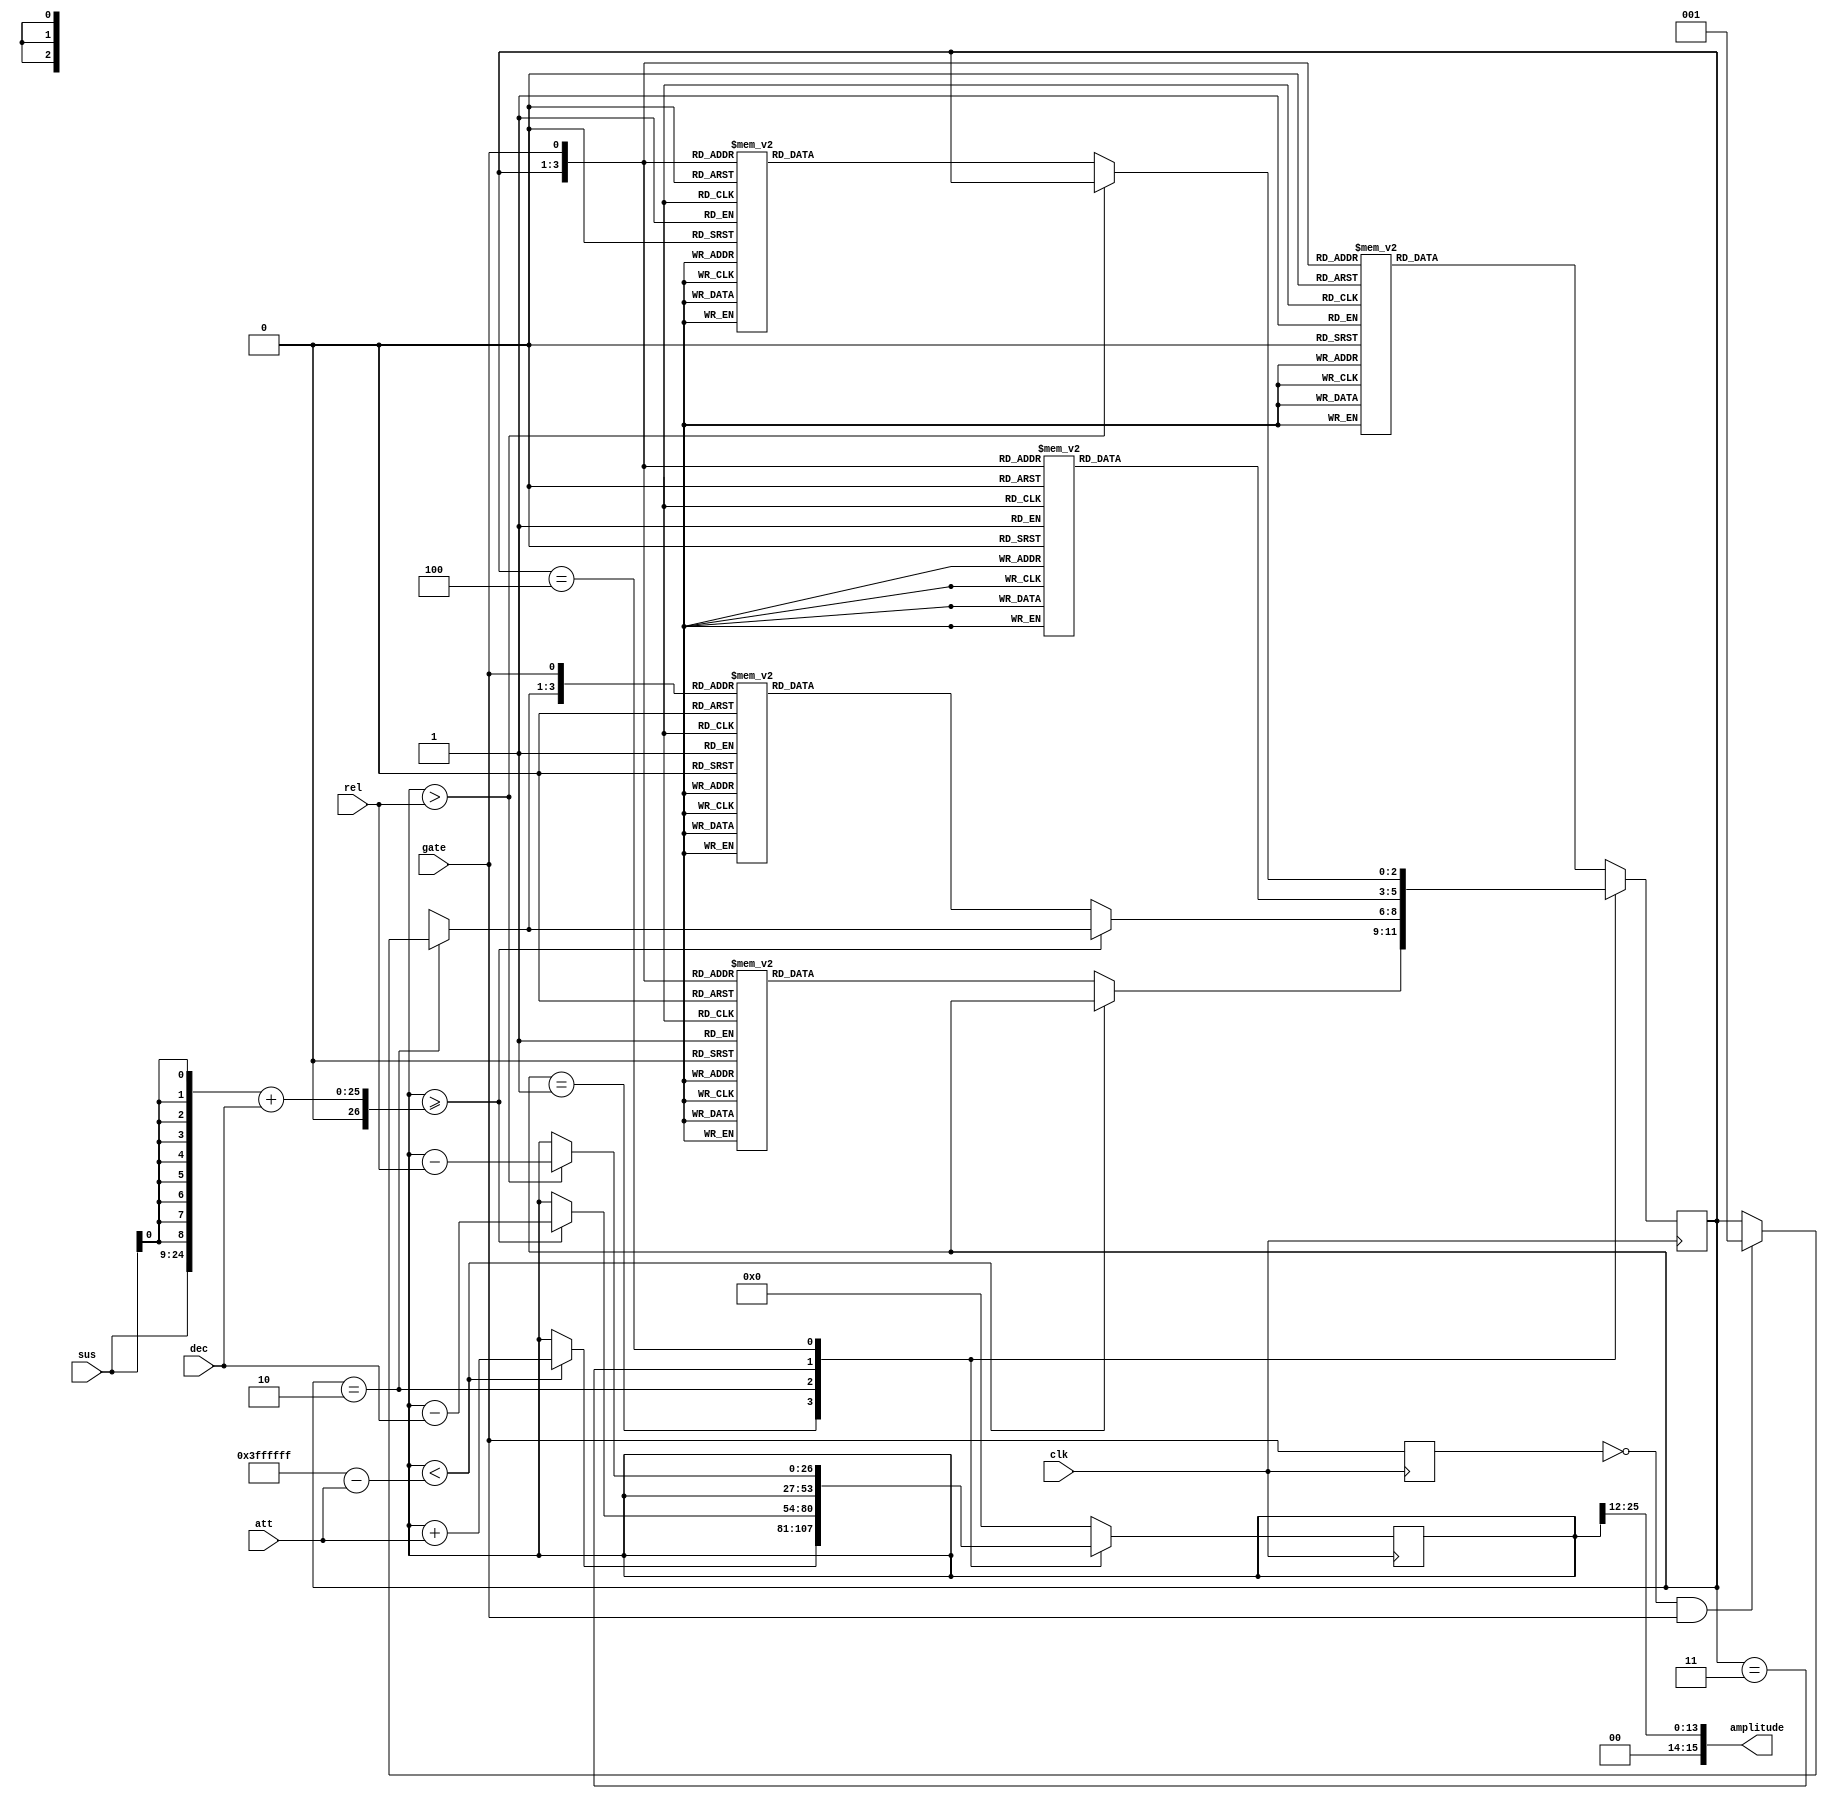
module envelope_generator #(
  parameter BITSIZE = 16,
  parameter SAMPLE_CLK_FREQ = 44100,
  parameter ACCUMULATOR_BITS = 26
) (
  input wire clk,
  input wire gate,
  input wire [15:0] att,
  input wire [15:0] dec,
  input wire [15:0] sus,
  input wire [15:0] rel,
  output reg signed [BITSIZE-1:0] amplitude,
);

  localparam  ACCUMULATOR_SIZE = 2**ACCUMULATOR_BITS;
  reg signed [ACCUMULATOR_BITS:0] accumulator = 0;
  reg signed [ACCUMULATOR_BITS:0] future_accumulator = 1;
  
  function [2:0] next_state;
    input [2:0] s;
    input g;
    begin
      case ({ s, g })
        { ATTACK,  1'b0 }: next_state = RELEASE;  /* attack, gate off => skip decay, sustain; go to release */
        { ATTACK,  1'b1 }: next_state = DECAY;    /* attack, gate still on => decay */
        { DECAY,   1'b0 }: next_state = RELEASE;  /* decay, gate off => skip sustain; go to release */
        { DECAY,   1'b1 }: next_state = SUSTAIN;  /* decay, gate still on => sustain */
        { SUSTAIN, 1'b0 }: next_state = RELEASE;  /* sustain, gate off => go to release */
        { SUSTAIN, 1'b1 }: next_state = SUSTAIN;  /* sustain, gate on => stay in sustain */
        { RELEASE, 1'b0 }: next_state = OFF;      /* release, gate off => end state */
        { RELEASE, 1'b1 }: next_state = ATTACK;   /* release, gate on => attack */
        { OFF,     1'b0 }: next_state = OFF;      /* end_state, gate off => stay in end state */
        { OFF,     1'b1 }: next_state = ATTACK;   /* end_state, gate on => attack */
        default: next_state = OFF;                /* default is end (off) state */
      endcase
    end
  endfunction


  // State machine
  localparam OFF     = 3'd0;
  localparam ATTACK  = 3'd1;
  localparam DECAY   = 3'd2;
  localparam SUSTAIN = 3'd3;
  localparam RELEASE = 3'd4;

  reg[2:0] state = OFF;

  reg last_gate;

  wire overflow;
  assign overflow = accumulator[ACCUMULATOR_BITS];

  reg signed [ACCUMULATOR_BITS:0] sustain_volume;
  always @(sus) begin
      sustain_volume <= {1'b0, sus, {(ACCUMULATOR_BITS-17){sus[0]}} };
  end

  reg signed [ACCUMULATOR_BITS:0] max_acc;
  always @(att) begin
      max_acc <= {(ACCUMULATOR_BITS){1'b1}} - att;
  end

  reg signed [ACCUMULATOR_BITS:0] min_sustain;
  always @(dec) begin
      min_sustain <= sustain_volume + dec;
  end

  assign amplitude = {2'b00, accumulator[ACCUMULATOR_BITS-1 -: BITSIZE-2]};

  always @(posedge clk) begin
      last_gate <= gate;
      case (state)
        ATTACK:
          begin
            if (accumulator < max_acc) begin
              accumulator <= accumulator + att;
            end else begin
              state <= next_state(state, gate);
            end
          end
        DECAY:
          begin
            if (!last_gate && gate) begin
                state = ATTACK;
            end
            if (accumulator >= min_sustain) begin
                accumulator <= accumulator - dec;
            end else begin
                state <= next_state(state, gate);
            end
          end
        SUSTAIN:
          begin
            state <= next_state(state, gate);
          end
        RELEASE:
          begin
            if (accumulator > rel) begin
                accumulator <= accumulator - rel;
            end else begin
                state <= next_state(state, gate);
            end
          end
        default:
          begin
            accumulator <= 0;
            state <= next_state(state, gate);
          end
      endcase

  end

endmodule